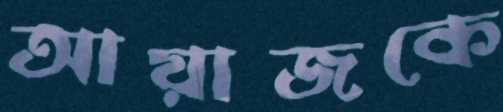
আয়াজকে